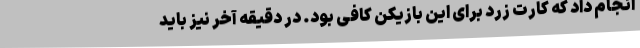
انجام داد که کارت زرد برای این بازیکن کافی بود. در دقیقه آخر نیز باید